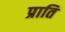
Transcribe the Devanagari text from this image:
प्राति